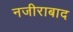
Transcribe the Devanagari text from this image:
नजीराबाद